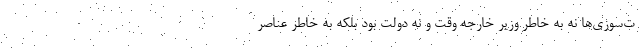
ت‌سوزي‌ها نه به خاطر وزير خارجه وقت و نه دولت بود بلكه به خاطر عناصر